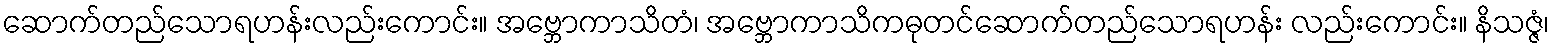
ဆောက်တည်သောရဟန်းလည်းကောင်း။ အဗ္ဘောကာသိတံ၊ အဗ္ဘောကာသိကဓုတင်ဆောက်တည်သောရဟန်း လည်းကောင်း။ နိသဇ္ဇံ၊